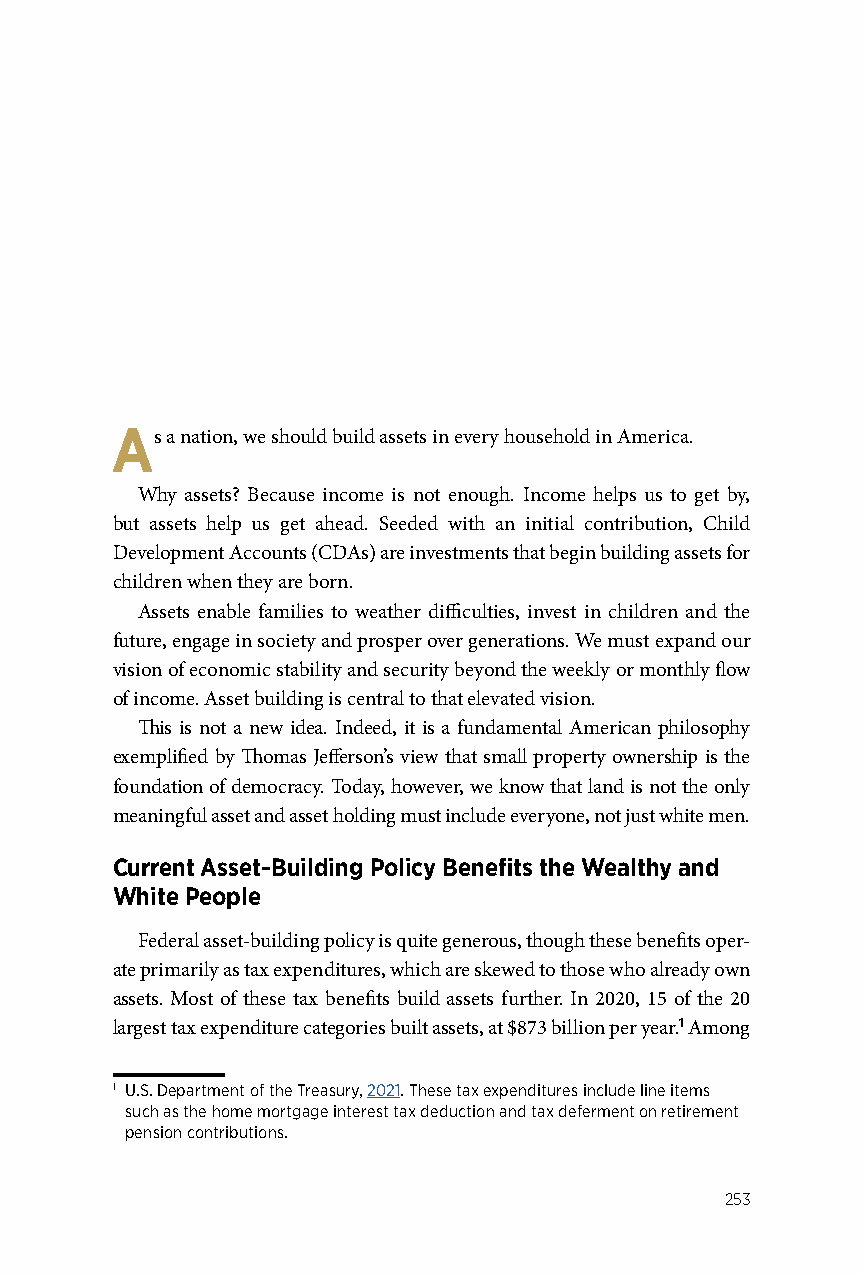
As  a nation, we should build assets in every household in America.
 Why assets? Because income is not enough. Income helps us to get by,
 but assets help us get ahead. Seeded with an initial contribution, Child
 Development Accounts (CDAs) are investments that begin building assets for
 children when they are born.
 Assets enable families to weather difficulties, invest in children and the
 future, engage in society and prosper over generations. We must expand our
 vision of economic stability and security beyond the weekly or monthly flow
 of income. Asset building is central to that elevated vision.
 This is not a new idea. Indeed, it is a fundamental American philosophy
 exemplified by Thomas Jefferson’s view that small property ownership is the
 foundation of democracy. Today, however, we know that land is not the only
 meaningful asset and asset holding must include everyone, not just white men.
 Current Asset-Building Policy Benefits the Wealthy and
 White People
 Federal asset-building policy is quite generous, though these benefits oper-
 ate primarily as tax expenditures, which are skewed to those who already own
 assets. Most of these tax benefits build assets further. In 2020, 15 of the 20
 largest tax expenditure categories built assets, at $873 billion per year.1 Among
 1 U.S. Department of the Treasury, 2021. These tax expenditures include line items
 such as the home mortgage interest tax deduction and tax deferment on retirement
 pension contributions.
 253